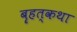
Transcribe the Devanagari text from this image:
बॄहत्कथा